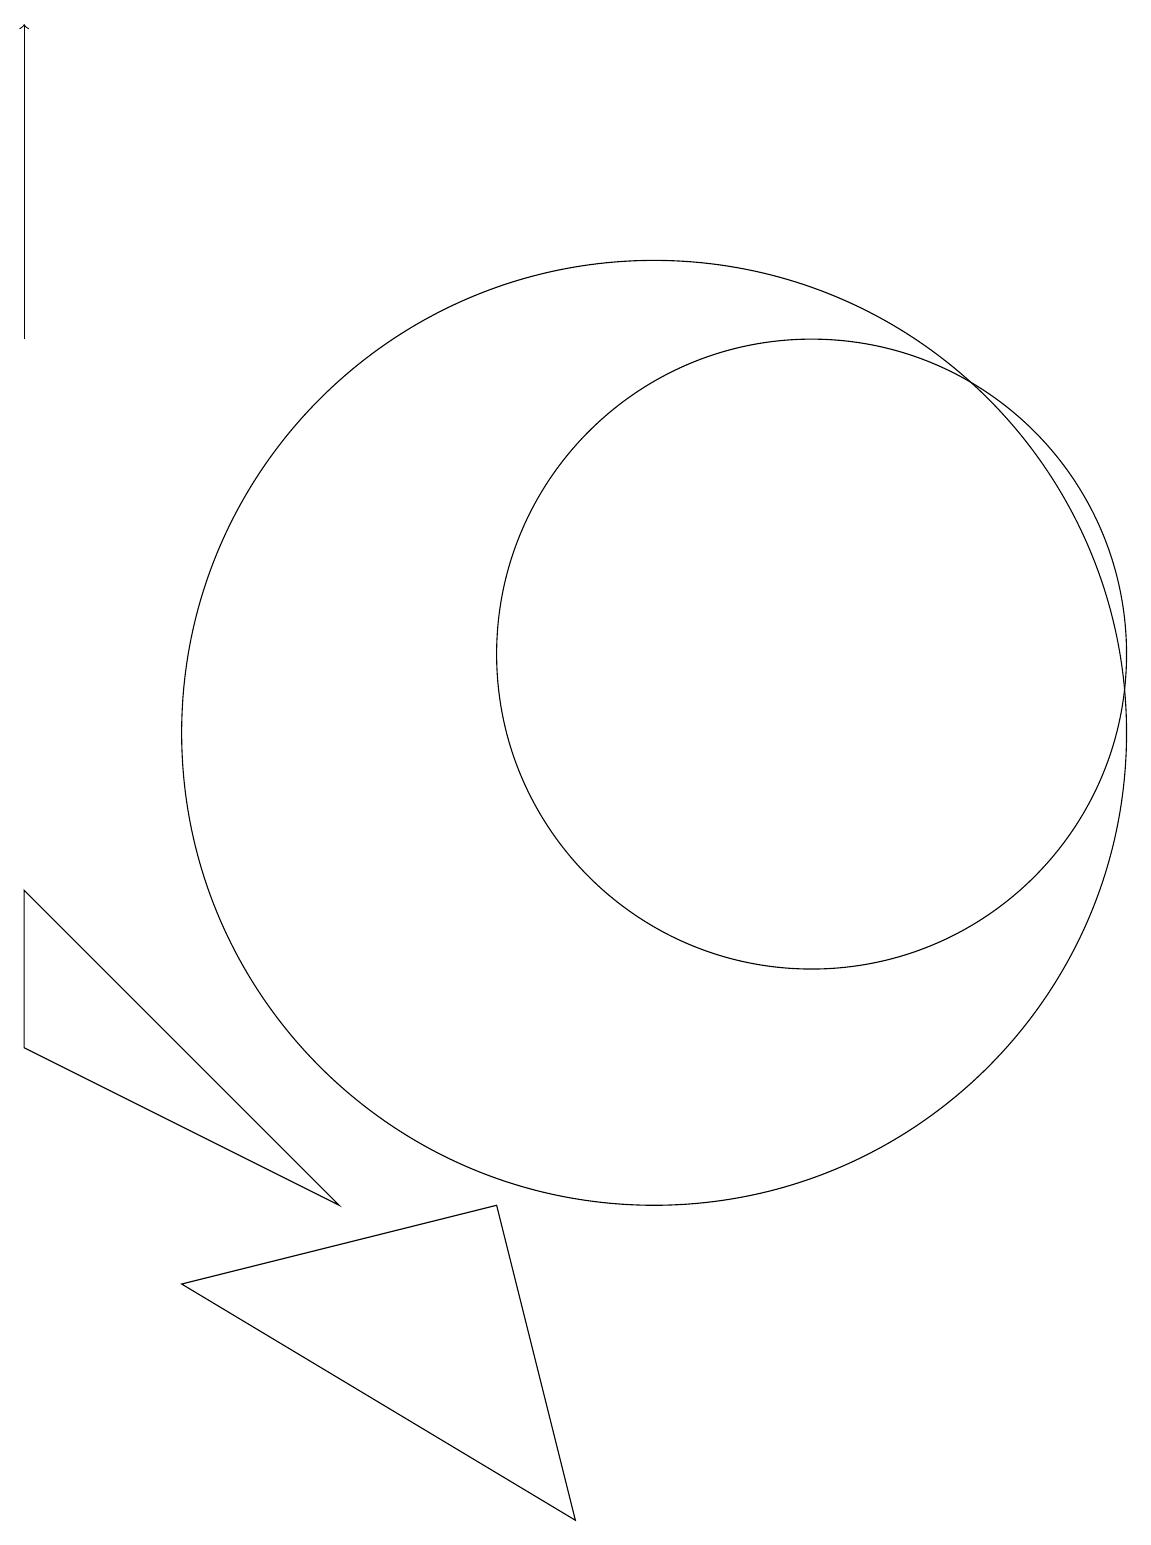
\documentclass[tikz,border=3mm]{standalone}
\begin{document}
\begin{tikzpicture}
\draw (12,11) circle (4);
\draw (2,8) -- (2,6) -- (6,4) -- cycle;
\draw[->] (2,15) -- (2,19);
\draw (4,3) -- (9,0) -- (8,4) -- cycle;
\draw (10,10) circle (6);
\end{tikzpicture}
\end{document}